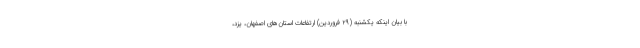
با بیان اینکه یکشنبه (۲۹ فروردین) ارتفاعات استان‌های اصفهان، یزد،